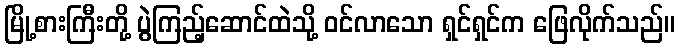
မြို့စားကြီးတို့ ပွဲကြည့်ဆောင်ထဲသို့ ဝင်လာသော ရှင်ရှင်က ဖြေလိုက်သည်။